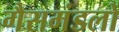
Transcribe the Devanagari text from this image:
गैसमंडलों